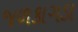
જળકાગડા